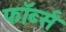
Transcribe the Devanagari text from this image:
फॉर्ब्स